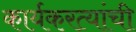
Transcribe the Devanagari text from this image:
कार्यकरत्यांची